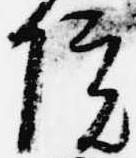
院